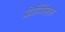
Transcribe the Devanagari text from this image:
प्रेज़ेमिसला